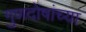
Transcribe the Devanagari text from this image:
गुणदोषांच्या